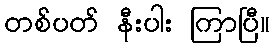
တစ်ပတ် နီးပါး ကြာပြီ။